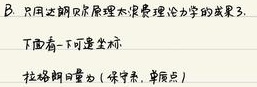
B.只用达朗贝尔原理来演绎力学的成果3.
下面看一下虚坐标.
拉格朗日量为（保守系，单质点）